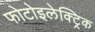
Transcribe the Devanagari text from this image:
फोटोइलेक्ट्रिक